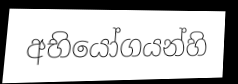
අභියෝගයන්හි